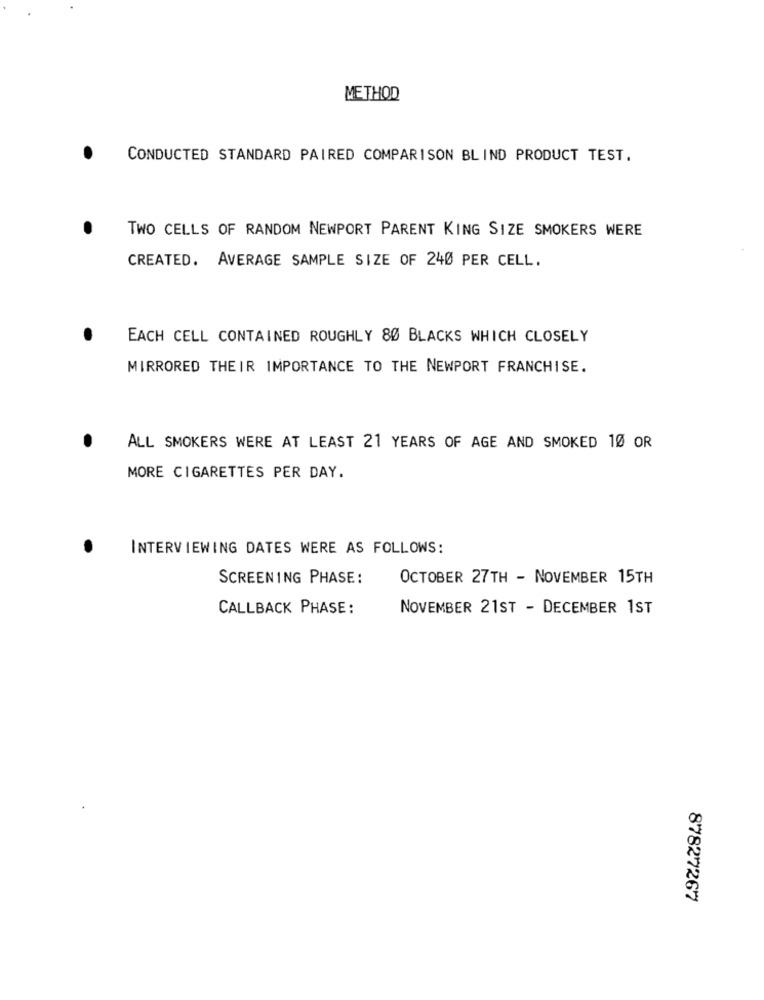
METHOD
CONDUCTED STANDARD PAIRED COMPARISON BLIND PRODUCT TEST.
TWO CELLS OF RANDOM NEWPORT PARENT KING SIZE SMOKERS WERE
CREATED. AVERAGE SAMPLE SIZE OF 240 PER CELL.
EACH CELL CONTAINED ROUGHLY 80 BLACKS WHICH CLOSELY
MIRRORED THEIR IMPORTANCE TO THE NEWPORT FRANCHISE.
ALL SMOKERS WERE AT LEAST 21 YEARS OF AGE AND SMOKED 10 OR
MORE CIGARETTES PER DAY.
INTERVIEWING DATES WERE AS FOLLOWS:
SCREENING PHASE:
OCTOBER 27TH - NOVEMBER 15TH
CALLBACK PHASE:
NOVEMBER 21ST - DECEMBER 1ST
87827267